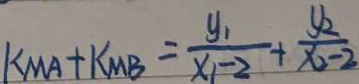
k _ { M A } + k _ { M B } = \frac { y _ { 1 } } { x _ { 1 } - 2 } + \frac { y _ { 2 } } { x _ { 2 } - 2 }